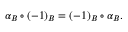
\alpha _ { B } \circ ( - 1 ) _ { B } = ( - 1 ) _ { B } \circ \alpha _ { B } .